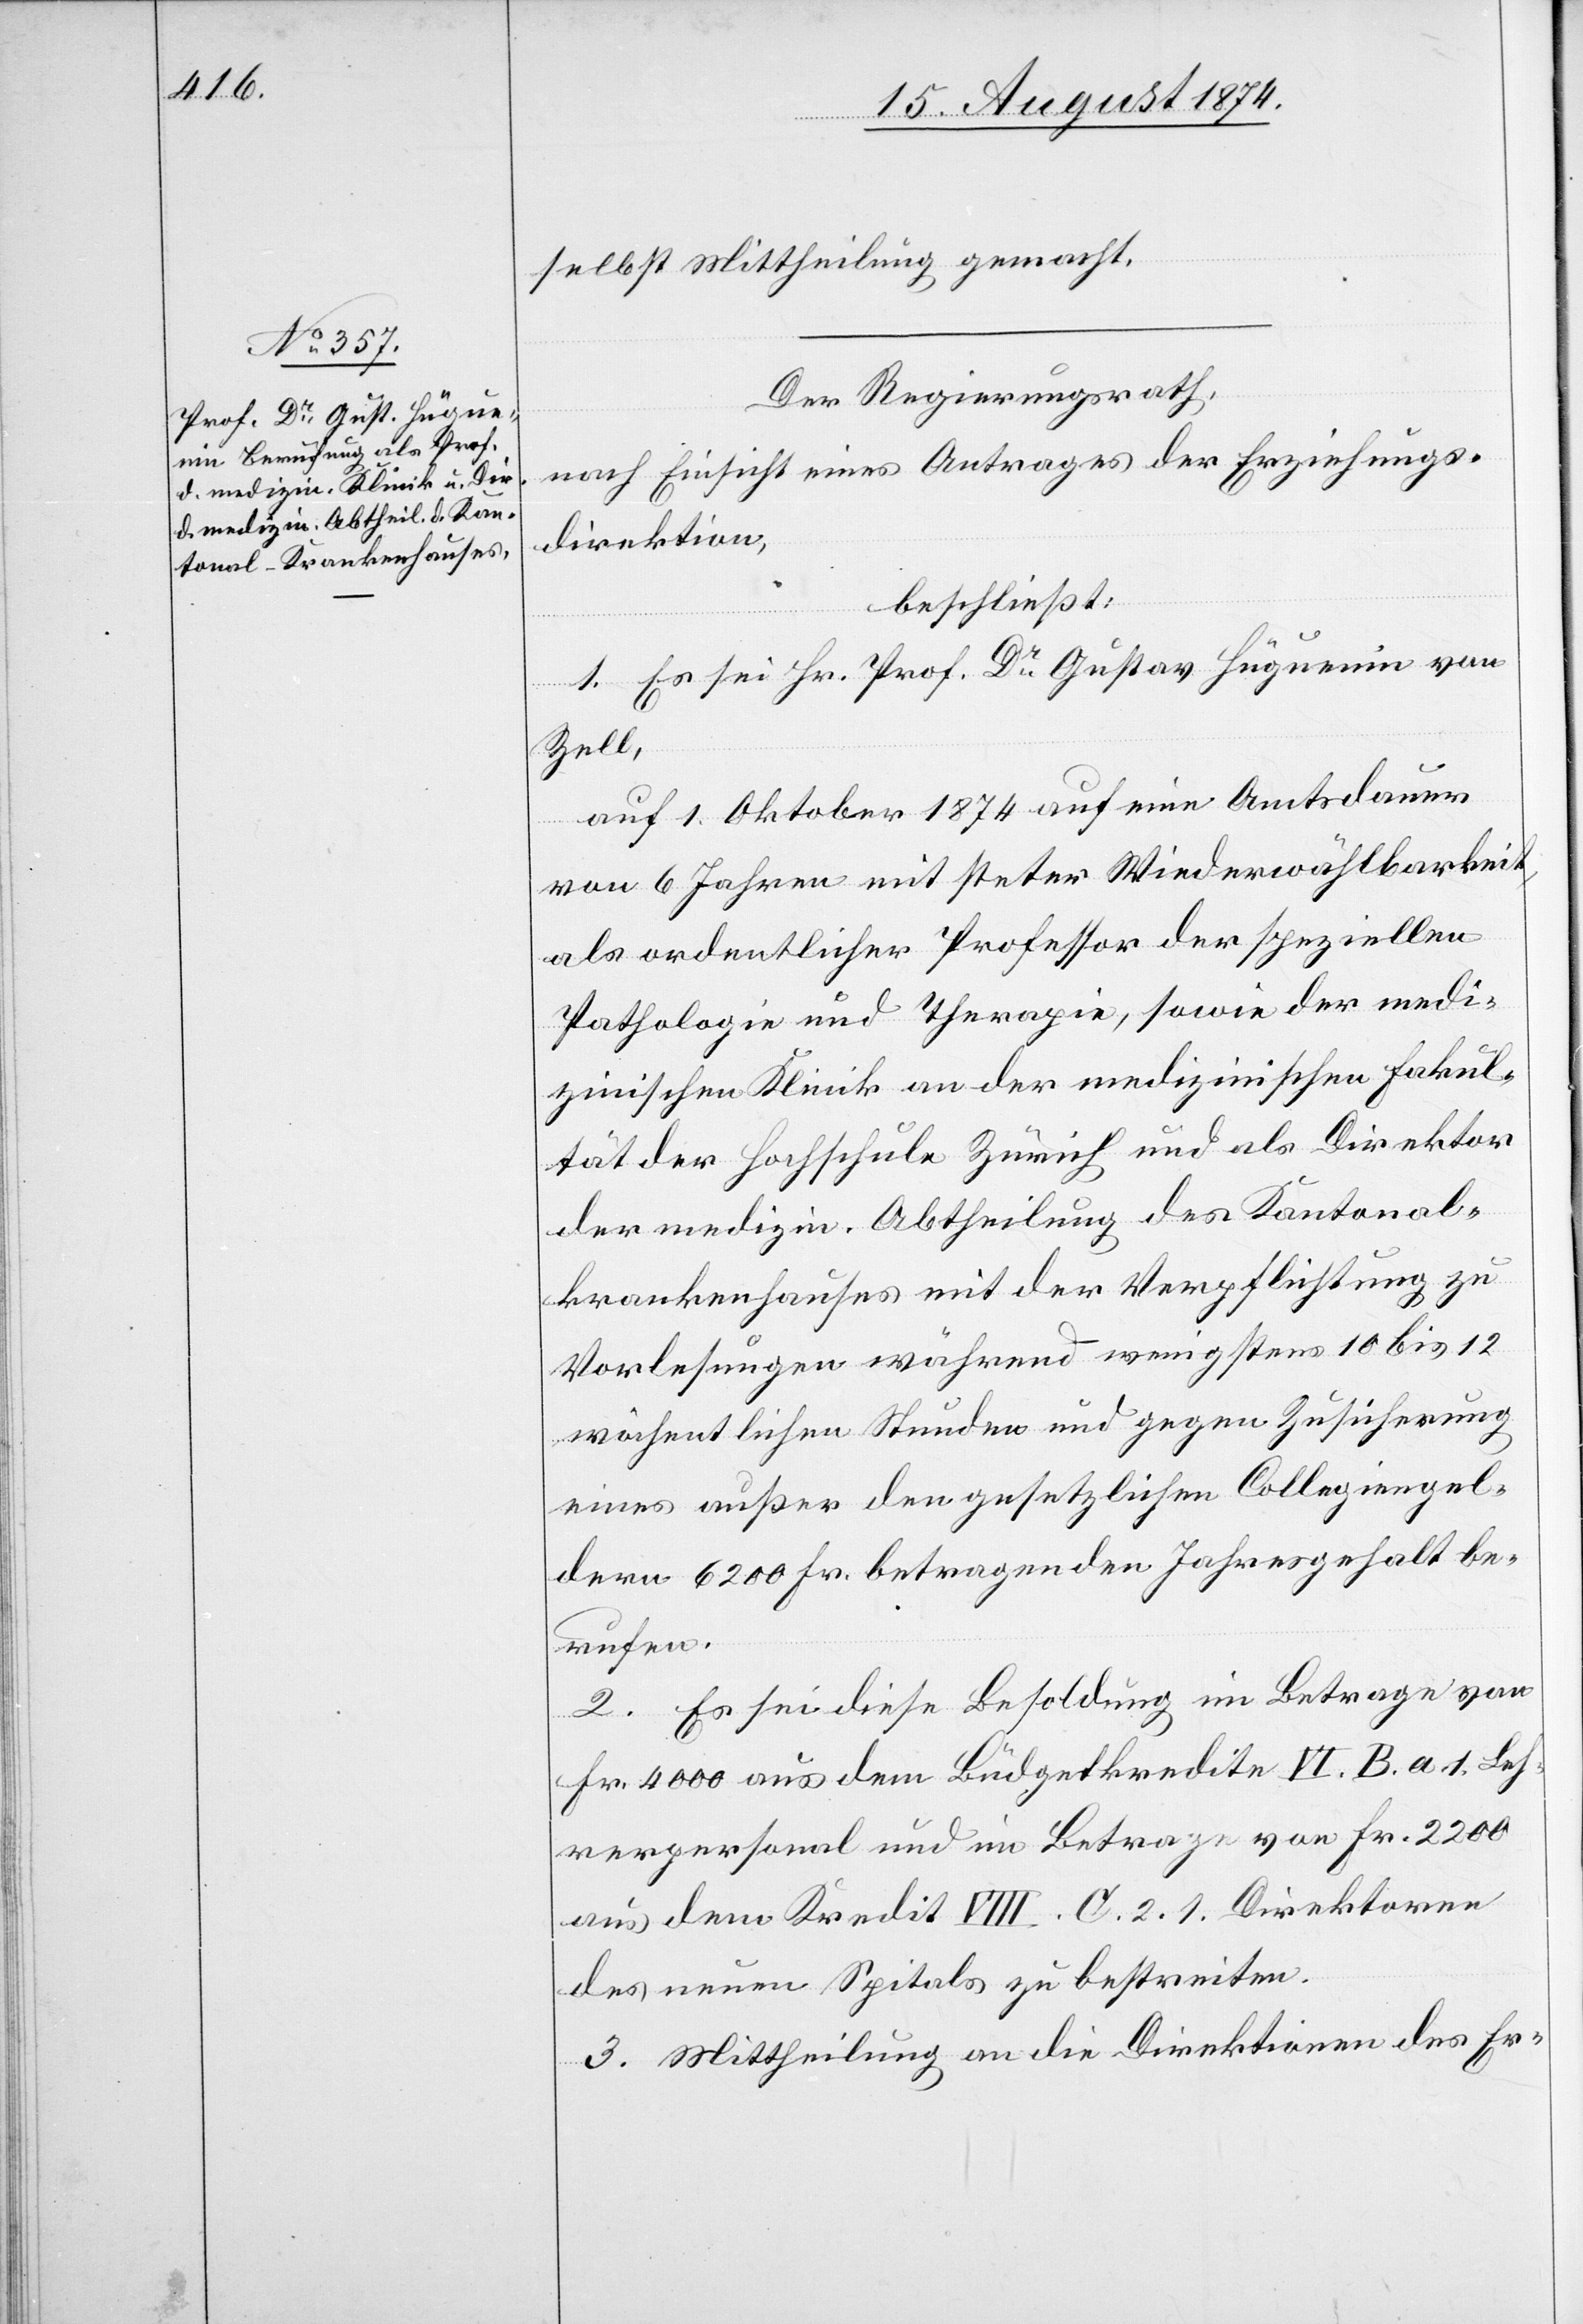
selbst Mittheilung gemacht.
Der Regierungsrath,
nach Einsicht eines Antrages der Erziehungs¬
direktion,
beschließt:
1. Es sei Hr. Prof. Dr Gustav Hüguenin von
Zell,
auf 1. Oktober 1874 auf eine Amtsdauer
von 6 Jahren mit steter Wiederwählbarkeit,
als ordentlicher Professor der speziellen
Pathologie und Therapie, sowie der medi¬
zinischen Klinik an der medizinischen Fakul¬
tät der Hochschule Zürich und als Direktor
der medizin. Abtheilung des Kantonal¬
krankenhauses mit der Verpflichtung zu
Vorlesungen während wenigstens 10 bis 12
wöchentlichen Stunden und gegen Zusicherung
eines außer den gesetzlichen Collegiengel¬
dern 6200 Fr. betragenden Jahresgehalt be¬
rufen.
2. Es sei diese Besoldung im Betrage von
Fr. 4000 aus dem Büdgetkredite VI B. a 1 Leh¬
rerpersonal und im Betrage von Fr. 2200
aus dem Kredit VIII. C. 2. 1 Direktoren
des neuen Spitals zu bestreiten.
3. Mittheilung an die Direktionen des Er-